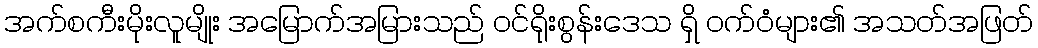
အက်စကီးမိုးလူမျိုး အမြောက်အမြားသည် ဝင်ရိုးစွန်းဒေသ ရှိ ဝက်ဝံများ၏ အသတ်အဖြတ်